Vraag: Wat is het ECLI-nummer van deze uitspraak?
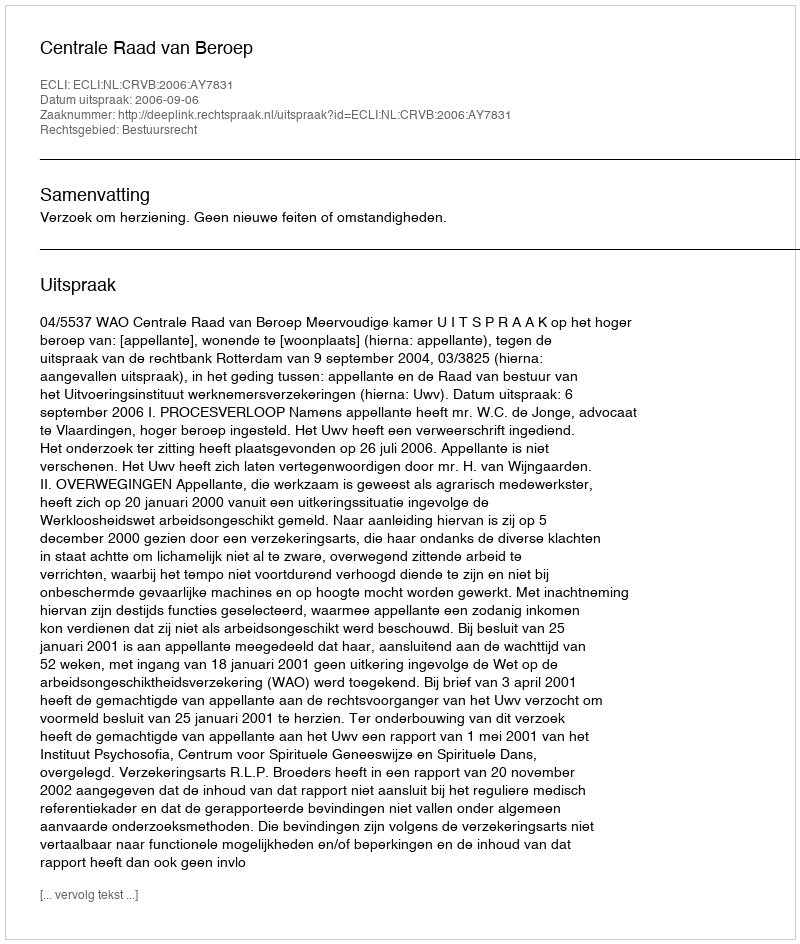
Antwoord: ECLI:NL:CRVB:2006:AY7831